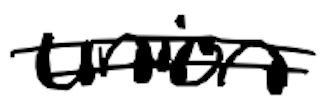
Text: union
Cross-out: double-line
Writing tool: digital_black